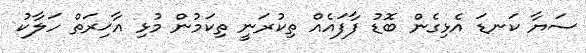
ސަޔާ ކަނޑަ އެޅިގެން ބޮޑު ފާފައެއް ތިކުރަނީ ތިކަމުން މުޅި އާޚިރަތް ހަލާކު